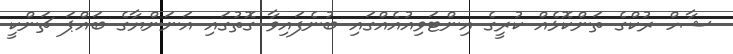
ޝާހް ރުކްގެ ތަންކޮޅެއް ކުރީގެ އިންޓަވިއުއެއްގައި ބުނެފައިވާ ގޮތުގައި އަނަންޔާގެ ބައްޕަ ޗަންކީ